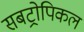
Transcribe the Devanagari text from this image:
सबट्रोपिकल